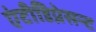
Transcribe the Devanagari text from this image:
एंटीडिप्रेसन्ट